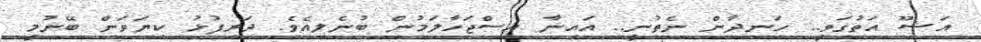
އަޝޫ އަތުގަވީ.. ހަނދާން ނެތުނީ.. އައިނާ އިސްޖަހާލަމުން ބުނެލިއެވެ. ދަރިފުޅު ކިޔަވަން ބޭނުމީ